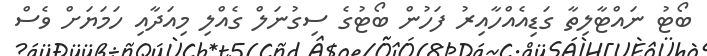
ބޯޓު ނައްޓާލިތާ ގަޑިއެއްހާއިރު ފަހުން ބޯޓުގެ ސިގުނަލް ގެއްލި މިއަދާއި ހަމަޔަށް ވެސް